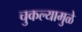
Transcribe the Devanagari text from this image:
चुकल्यामुळे